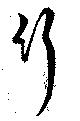
行